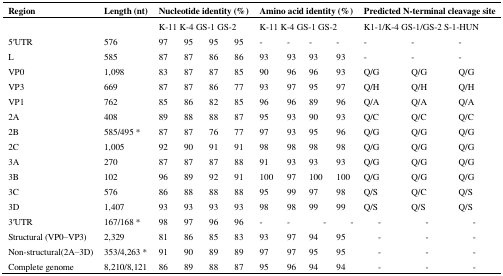
<table><thead><tr><td><b>Region</b></td><td><b>Length (nt)</b></td><td colspan="4"><b>Nucleotide identity (%)</b></td><td colspan="4"><b>Amino acid identity (%)</b></td><td colspan="3"><b>Predicted N-terminal cleavage site</b></td></tr></thead><tbody><tr><td></td><td></td><td>K-11</td><td>K-4</td><td>GS-1</td><td>GS-2</td><td>K-11</td><td>K-4</td><td>GS-1</td><td>GS-2</td><td>K1-1/K-4</td><td>GS-1/GS-2</td><td>S-1-HUN</td></tr><tr><td>5′UTR</td><td>576</td><td>97</td><td>95</td><td>95</td><td>95</td><td>-</td><td>-</td><td>-</td><td>-</td><td>-</td><td>-</td><td>-</td></tr><tr><td>L</td><td>585</td><td>87</td><td>87</td><td>86</td><td>86</td><td>93</td><td>93</td><td>93</td><td>93</td><td>-</td><td>-</td><td>-</td></tr><tr><td>VP0</td><td>1,098</td><td>83</td><td>87</td><td>87</td><td>85</td><td>90</td><td>96</td><td>96</td><td>93</td><td>Q/G</td><td>Q/G</td><td>Q/G</td></tr><tr><td>VP3</td><td>669</td><td>87</td><td>87</td><td>86</td><td>77</td><td>93</td><td>97</td><td>95</td><td>97</td><td>Q/H</td><td>Q/H</td><td>Q/H</td></tr><tr><td>VP1</td><td>762</td><td>85</td><td>86</td><td>82</td><td>85</td><td>96</td><td>96</td><td>89</td><td>96</td><td>Q/A</td><td>Q/A</td><td>Q/A</td></tr><tr><td>2A</td><td>408</td><td>89</td><td>88</td><td>88</td><td>87</td><td>95</td><td>93</td><td>90</td><td>93</td><td>Q/C</td><td>Q/C</td><td>Q/C</td></tr><tr><td>2B</td><td>585/495 *</td><td>87</td><td>87</td><td>76</td><td>77</td><td>97</td><td>93</td><td>95</td><td>96</td><td>Q/G</td><td>Q/G</td><td>Q/G</td></tr><tr><td>2C</td><td>1,005</td><td>92</td><td>90</td><td>91</td><td>91</td><td>98</td><td>98</td><td>98</td><td>98</td><td>Q/G</td><td>Q/G</td><td>Q/G</td></tr><tr><td>3A</td><td>270</td><td>87</td><td>87</td><td>87</td><td>88</td><td>91</td><td>93</td><td>93</td><td>93</td><td>Q/G</td><td>Q/G</td><td>Q/G</td></tr><tr><td>3B</td><td>102</td><td>96</td><td>89</td><td>92</td><td>91</td><td>100</td><td>97</td><td>100</td><td>100</td><td>Q/G</td><td>Q/G</td><td>Q/G</td></tr><tr><td>3C</td><td>576</td><td>86</td><td>88</td><td>88</td><td>88</td><td>95</td><td>99</td><td>97</td><td>98</td><td>Q/S</td><td>Q/C</td><td>Q/S</td></tr><tr><td>3D</td><td>1,407</td><td>93</td><td>93</td><td>93</td><td>93</td><td>98</td><td>98</td><td>99</td><td>99</td><td>Q/S</td><td>Q/S</td><td>Q/S</td></tr><tr><td>3′UTR</td><td>167/168 *</td><td>98</td><td>97</td><td>96</td><td>96</td><td>-</td><td>-</td><td>-</td><td>-</td><td>-</td><td>-</td><td>-</td></tr><tr><td>Structural (VP0–VP3)</td><td>2,329</td><td>81</td><td>86</td><td>85</td><td>83</td><td>93</td><td>97</td><td>94</td><td>95</td><td>-</td><td>-</td><td>-</td></tr><tr><td>Non-structural(2A–3D)</td><td>353/4,263 *</td><td>91</td><td>90</td><td>89</td><td>89</td><td>97</td><td>97</td><td>95</td><td>95</td><td>-</td><td>-</td><td>-</td></tr><tr><td>Complete genome</td><td>8,210/8,121</td><td>86</td><td>89</td><td>88</td><td>87</td><td>95</td><td>96</td><td>94</td><td>94</td><td>-</td><td>-</td><td>-</td></tr></tbody></table>